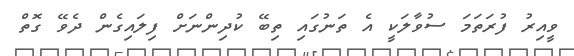
ވީއިރު ފުރަތަމަ ސުވާލަކީ އެ ތަނުގައި ތިބޭ ކުދިންނަށް ފިލައިގެން ދެވޭ ގޮތް